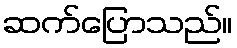
ဆက်ပြောသည်။